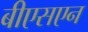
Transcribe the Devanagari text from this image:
बीएसएन